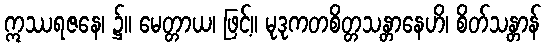
ဣဿရဇနေ၊ ၌။ မေတ္တာယ၊ ဖြင့်။ မုဒုကတစိတ္တသန္တာနေဟိ၊ စိတ်သန္တာန်